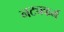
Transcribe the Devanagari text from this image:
नट्यकर्म